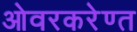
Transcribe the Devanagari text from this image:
ओवरकरेण्त